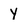
Character: Y